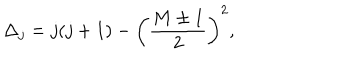
\Delta _ { j } = j ( j + 1 ) - \left( { \frac { M \pm 1 } { 2 } } \right) ^ { 2 } ,